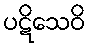
ပဋိသေဝိ